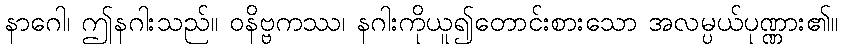
နာဂေါ၊ ဤနဂါးသည်။ ဝနိဗ္ဗကဿ၊ နဂါးကိုယူ၍တောင်းစားသော အလမ္ပယ်ပုဏ္ဏား၏။